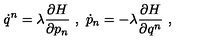
\dot { q } ^ { n } = \lambda \frac { \partial H } { \partial p _ { n } } \ , \ \dot { p } _ { n } = - \lambda \frac { \partial H } { \partial q ^ { n } } \ ,